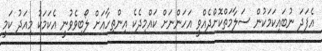
އެފަދަ ނުބައިކަމަކުން ސަލާމަތްކޮށްދެއްވީ އަހަންނަށް ކައްމިދެކެ އިންތިހާއަށް ލޯބިވެވުނީ އެކަމަކު މިއަދު ކަމީ